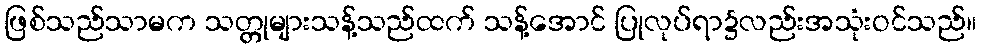
ဖြစ်သည်သာမက သတ္တုများသန့်သည်ထက် သန့်အောင် ပြုလုပ်ရာ၌လည်းအသုံးဝင်သည်။